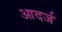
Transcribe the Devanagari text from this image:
आदर्ज